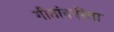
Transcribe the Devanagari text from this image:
गीतांकरिता